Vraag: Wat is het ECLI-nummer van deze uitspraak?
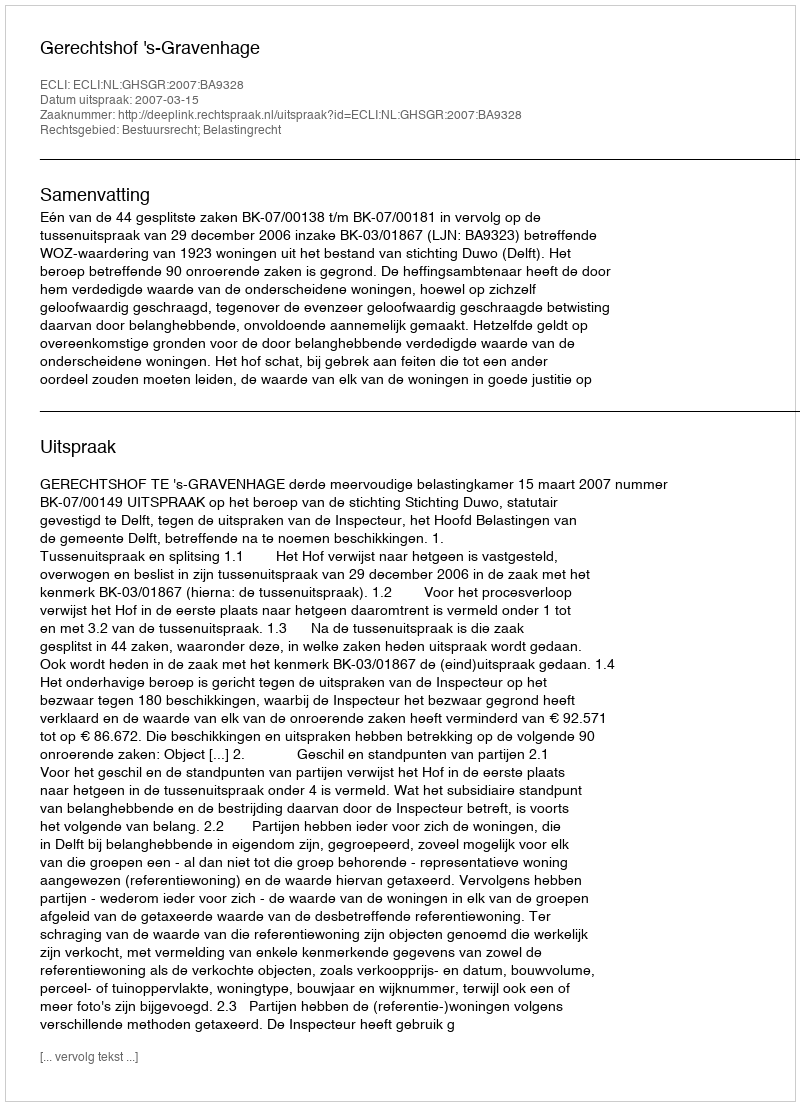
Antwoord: ECLI:NL:GHSGR:2007:BA9328